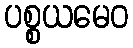
ပစ္စယမေဝ